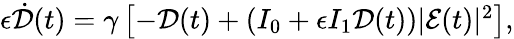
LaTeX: \begin{array}{r}{\epsilon\dot{\mathcal{D}}(t)=\gamma\left[-\mathcal{D}(t)+(I_{0}+\epsilon I_{1}\mathcal{D}(t))|\mathcal{E}(t)|^{2}\right],}\end{array}